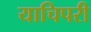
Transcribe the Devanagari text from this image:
याचिपरी